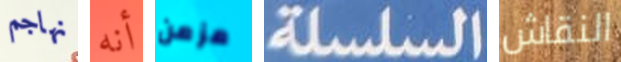
نهاجم أنه مزمن السلسلة النقاش